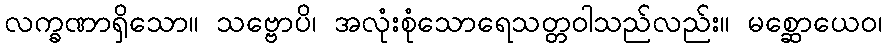
လက္ခဏာရှိသော။ သဗ္ဗောပိ၊ အလုံးစုံသောရေသတ္တဝါသည်လည်း။ မစ္ဆောယေဝ၊